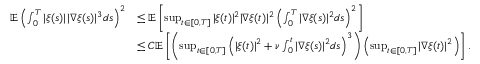
\begin{array} { r l } { \mathbb { E } \left( \int _ { 0 } ^ { T } | \xi ( s ) | \, | \nabla \xi ( s ) | ^ { 3 } d s \right) ^ { 2 } } & { \leq \mathbb { E } \left[ \operatorname* { s u p } _ { t \in [ 0 , T ] } | \xi ( t ) | ^ { 2 } | \nabla \xi ( t ) | ^ { 2 } \left( \int _ { 0 } ^ { T } | \nabla \xi ( s ) | ^ { 2 } d s \right) ^ { 2 } \right] } \\ & { \leq C \mathbb { E } \left[ \left( \operatorname* { s u p } _ { t \in [ 0 , T ] } \left( | \xi ( t ) | ^ { 2 } + \nu \int _ { 0 } ^ { t } | \nabla \xi ( s ) | ^ { 2 } d s \right) ^ { 3 } \right) \left( \operatorname* { s u p } _ { t \in [ 0 , T ] } | \nabla \xi ( t ) | ^ { 2 } \right) \right] . } \end{array}